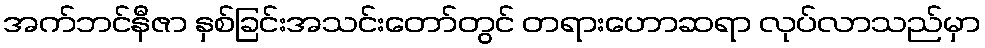
အက်ဘင်နီဇာ နှစ်ခြင်းအသင်းတော်တွင် တရားဟောဆရာ လုပ်လာသည်မှာ